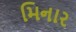
મિનાર